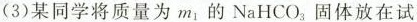
(3)某同学将质量为m_{1}的NaHCO_{3}固体放在试